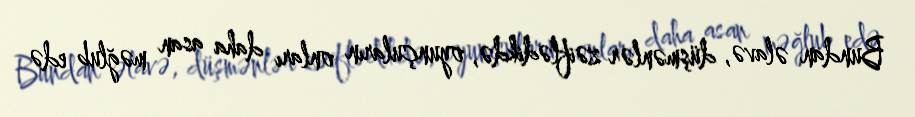
Bundan əlavə, düşmənlər zəiflədikdə, oyunçuların onları daha asan məğlub edə